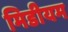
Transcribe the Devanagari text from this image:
मिडीयम